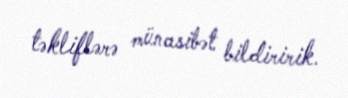
təkliflərə münasibət bildiririk.